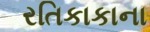
રતિકાકાના